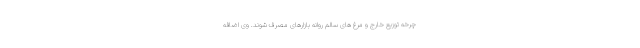
چرخه توزیع خارج و مرغ های سالم روانه بازارهای مصرف شوند. وی اضافه